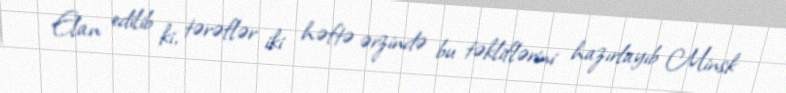
Elan edilib ki, tərəflər iki həftə ərzində bu təkliflərini hazırlayıb Minsk